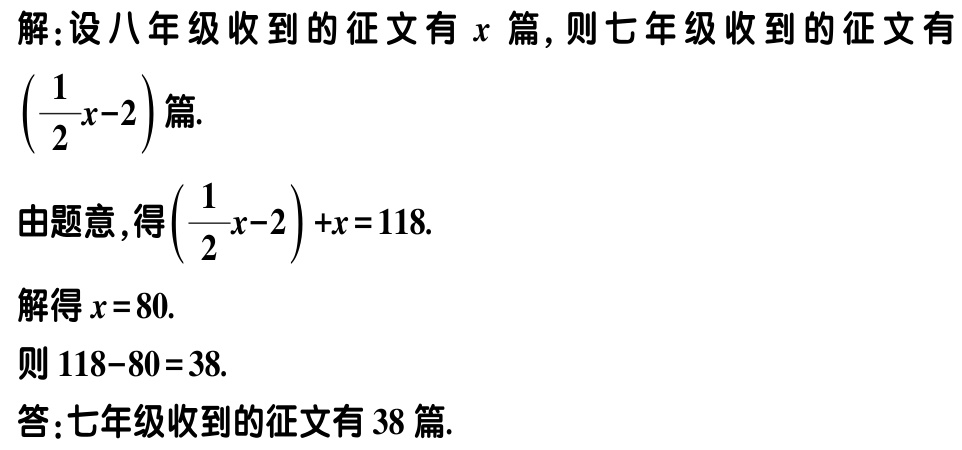
解:设八年级收到的征文有\(x\)篇,则七年级收到的征文有\(\left(\dfrac{1}{2}x - 2\right)\)篇.

由题意,得\(\left(\dfrac{1}{2}x - 2\right)+x = 118\).

解得\(x = 80\).

则\(118 - 80 = 38\).

答:七年级收到的征文有\(38\)篇.